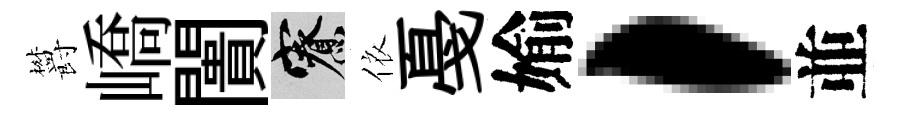
欝嶠闠寮依戞媮，並